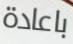
باعادة